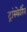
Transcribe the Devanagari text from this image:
ट्रांस्फेर्रिन